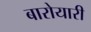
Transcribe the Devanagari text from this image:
बारोयारी